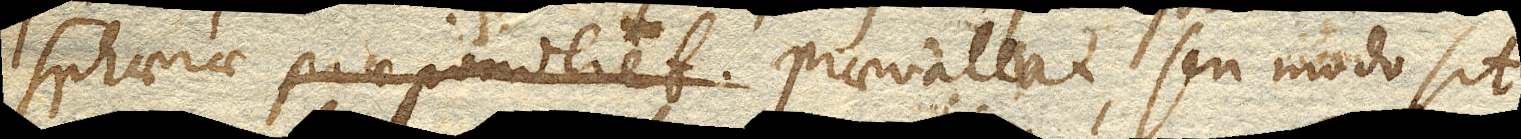
spharae praeponderet praevaleat, seu modo sit